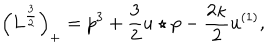
\Big ( L ^ { \frac { 3 } { 2 } } \Big ) _ { + } = p ^ { 3 } + \frac { 3 } { 2 } u \star p - \frac { 2 \kappa } { 2 } u ^ { ( 1 ) } ,